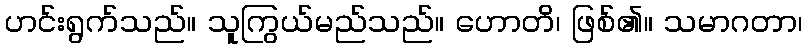
ဟင်းရွက်သည်။ သူကြွယ်မည်သည်။ ဟောတိ၊ ဖြစ်၏။ သမာဂတာ၊